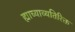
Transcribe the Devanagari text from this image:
ह्याच्याव्यतिरिक्त